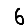
Digit: 6